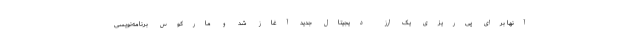
آنها برای پی‌ریزی یک ارز دیجیتال جدید آغاز شد و مارکوس برنامه‌نویسی